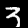
Digit: 3